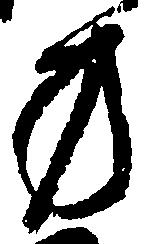
方